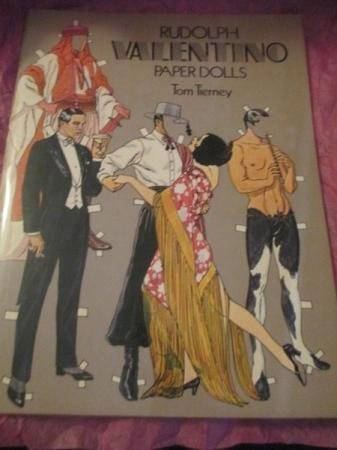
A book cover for Rudolph Valentino-Paper Dolls; Tom Tierney; Teen & Young Adult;